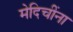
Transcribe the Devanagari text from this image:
मेदिचींना